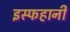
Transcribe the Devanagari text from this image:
इस्फहानी